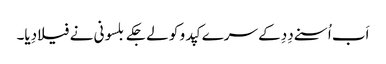
اَب اُسنے دِدِ کے سرے کپدو کو لے جکے بلسونی نے فیلا دِیا۔